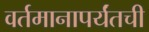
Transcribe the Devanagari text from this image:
वर्तमानापर्यंतची